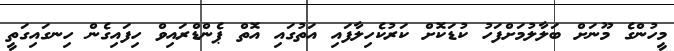
މީހުންގެ މޫނަށް ބަލާލުމަށްފަހު ކުޑަކޮށް ކަރުކެހިލާފައި އަތުގައި އޮތް ޕެންޑްރައިވް ހިފައިގެން ހިނގައިގަތީ